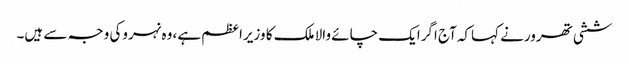
ششی تھرورنے کہاکہ آج اگرایک چائے والا ملک کا وزیراعظم ہے، وہ نہروکی وجہ سے ہیں۔